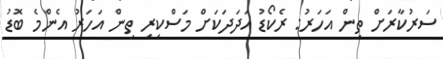
ސަރުކާރަށް ތިން އަހަރު: ރެކޯޑު އަދަދަކަށް މަސްކިރި ތިން އަހަރު އެންމެ ބޮޑު